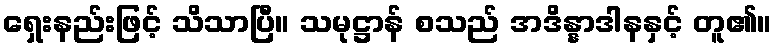
ရှေးနည်းဖြင့် သိသာပြီ။ သမုဋ္ဌာန် စသည် အဒိန္နာဒါနနှင့် တူ၏။